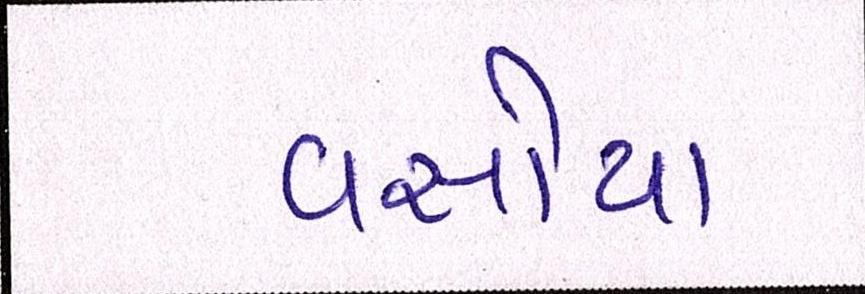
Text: વસોયા